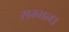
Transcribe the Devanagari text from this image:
सम्भन्ध